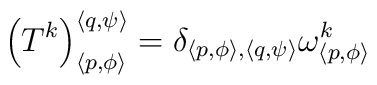
\left( T^{k}\right) _{\left\langle p,\phi \right\rangle }^{\left\langle q,\psi \right\rangle }=\delta _{\left\langle p,\phi \right\rangle ,\left\langle q,\psi \right\rangle }\omega _{\left\langle p,\phi \right\rangle }^{k}